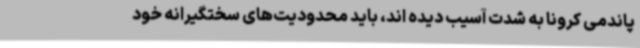
پاندمی کرونا به شدت آسیب دیده اند، باید محدودیت‌های سختگیرانه خود